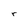
Character: r